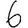
Digit: 6